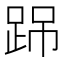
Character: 𨀽